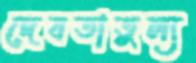
দেবতাতুল্য